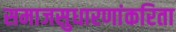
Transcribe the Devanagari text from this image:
समाजसुधारणांकरिता